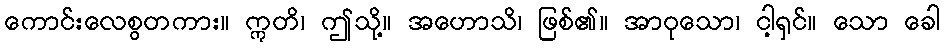
ကောင်းလေစွတကား။ ဣတိ၊ ဤသို့။ အဟောသိ၊ ဖြစ်၏။ အာဝုသော၊ ငါ့ရှင်။ သော ခေါ